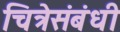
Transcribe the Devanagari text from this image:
चित्रेसंबंधी